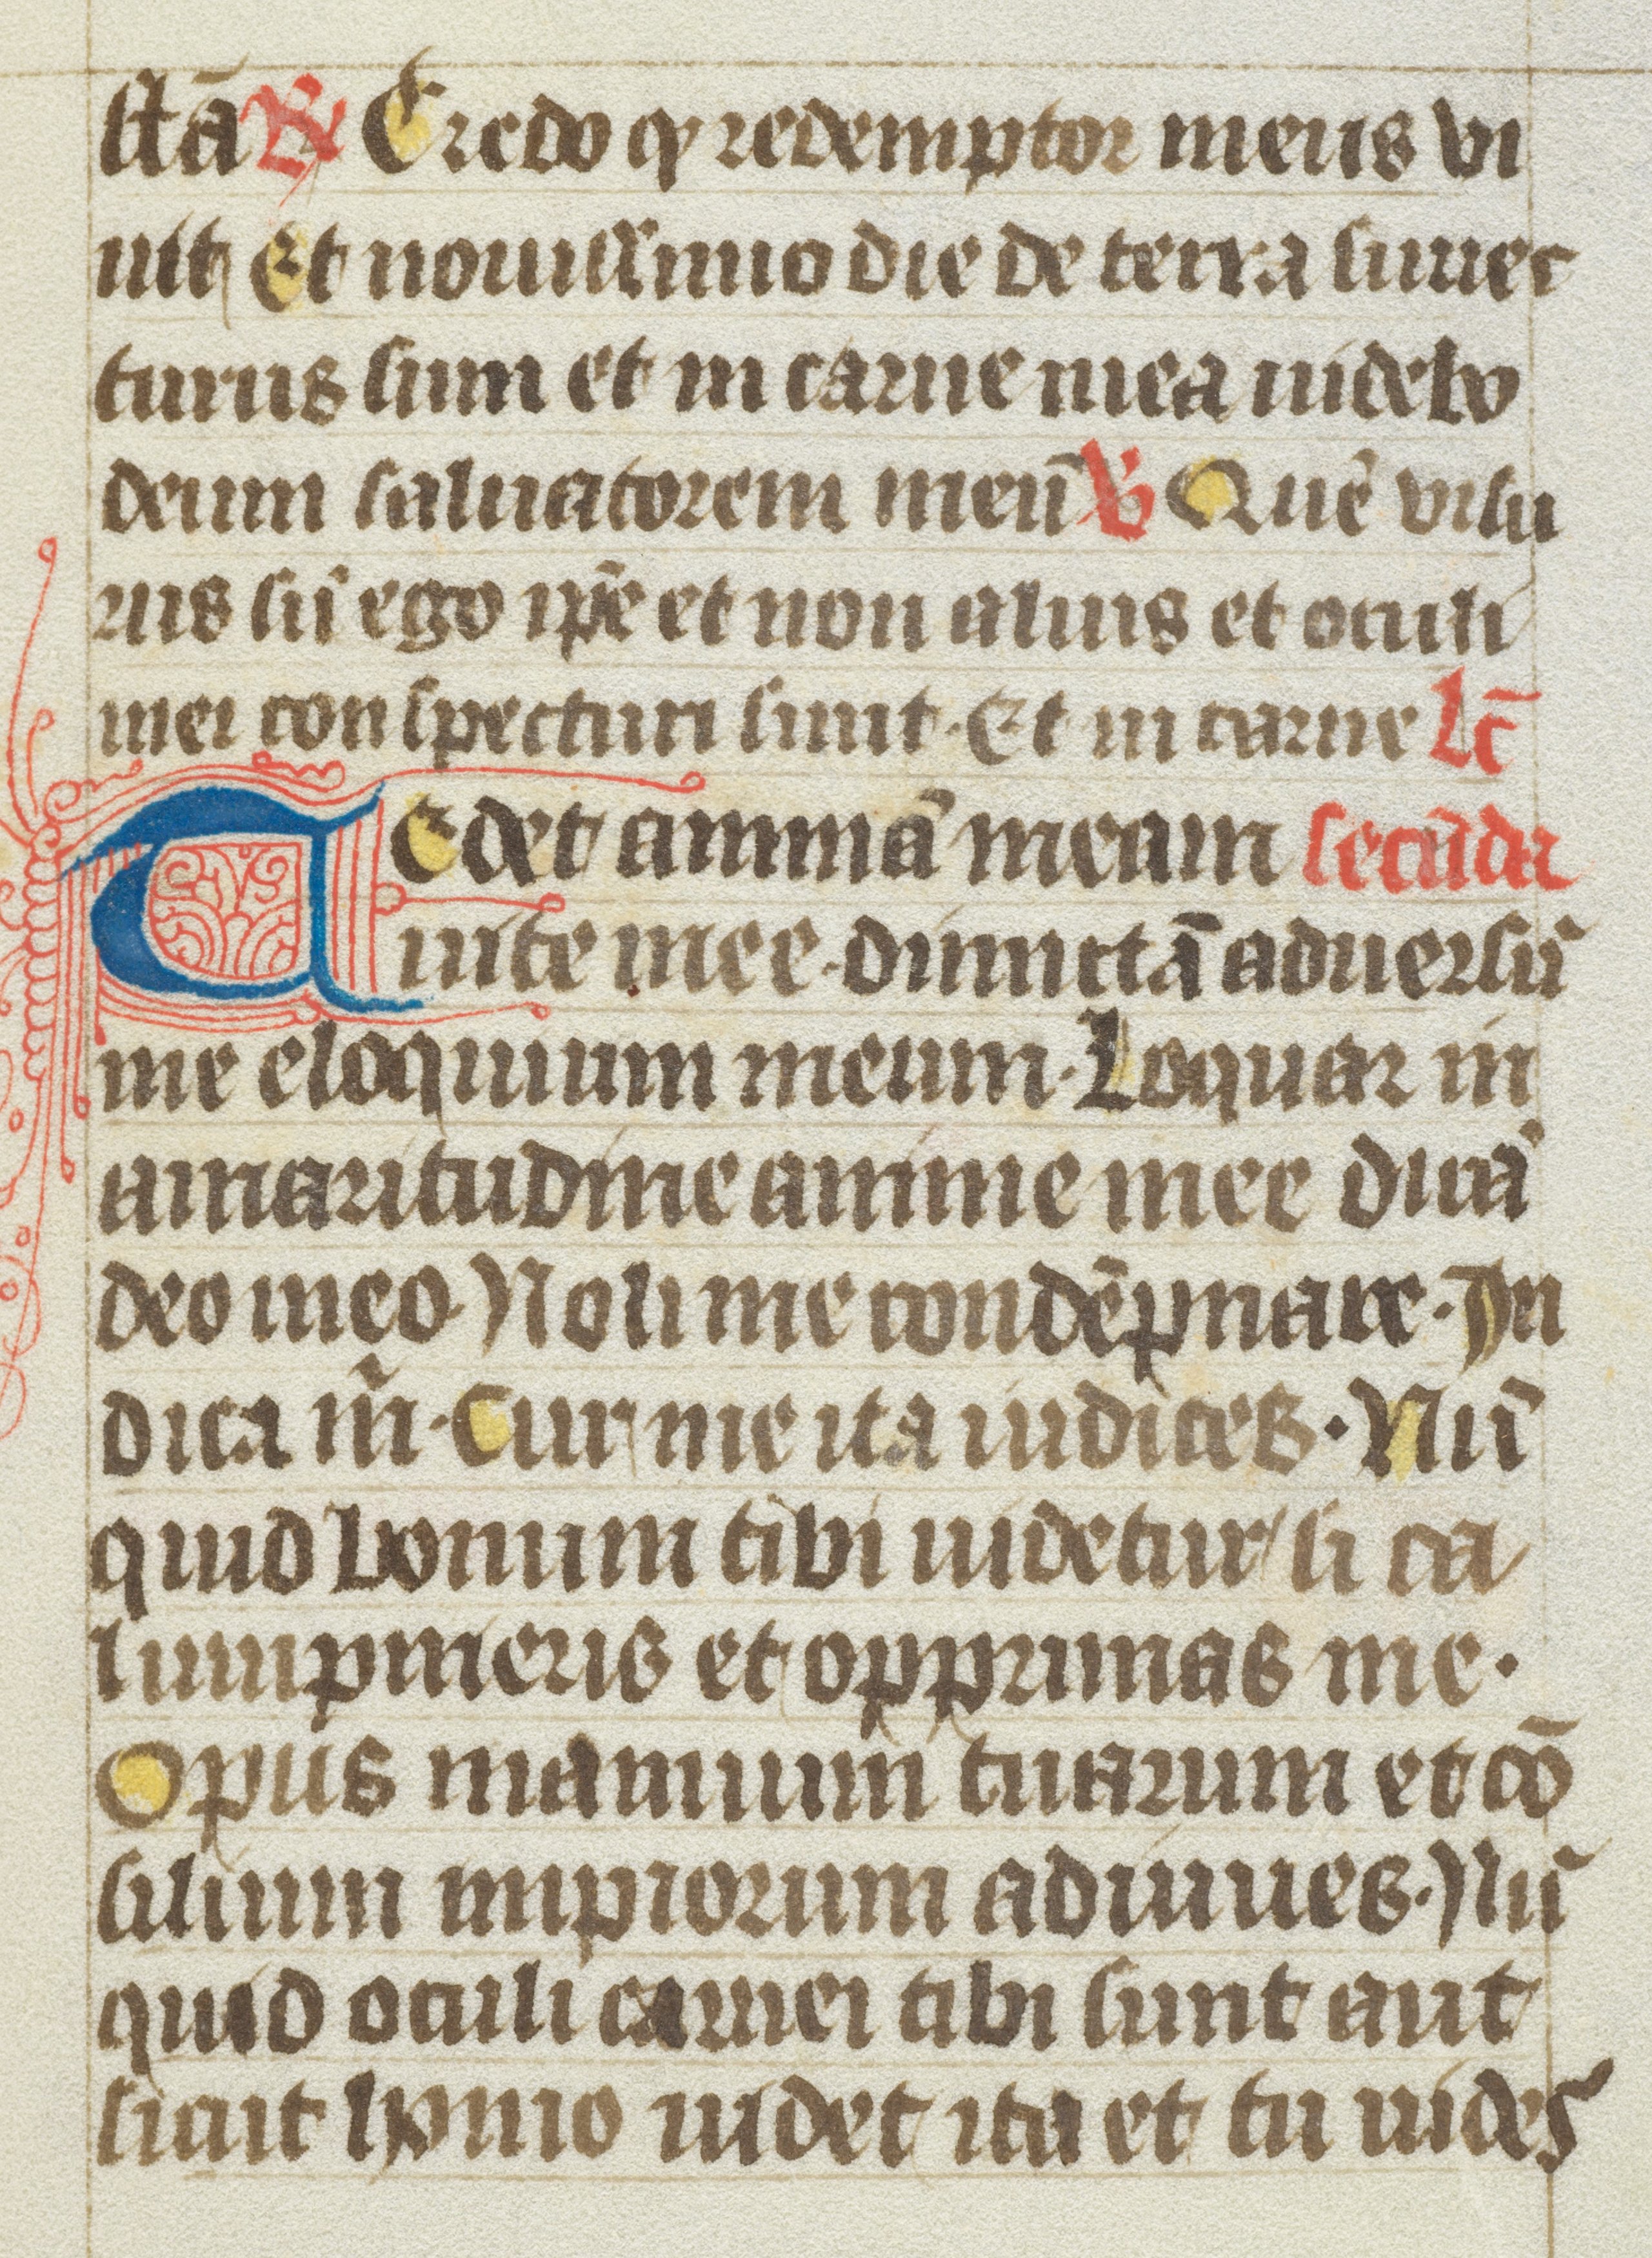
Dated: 1400–1499